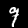
Label: 9